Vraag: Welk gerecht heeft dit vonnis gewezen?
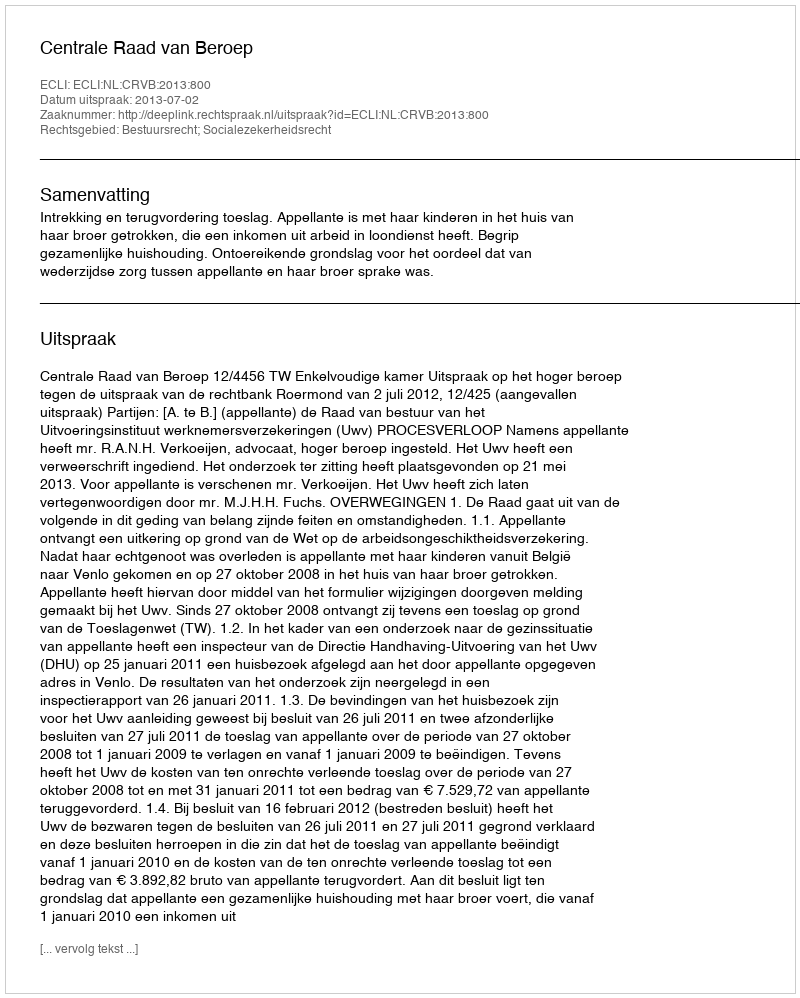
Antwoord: Centrale Raad van Beroep